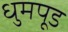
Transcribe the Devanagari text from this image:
धुमपूड